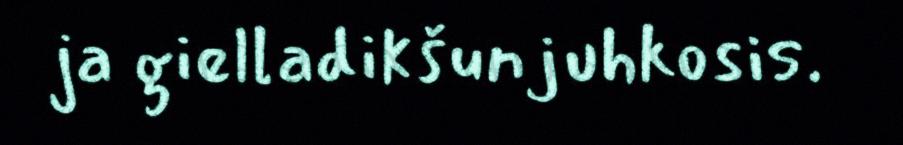
ja gielladikšunjuhkosis.